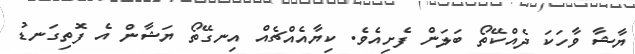
ޔާޝާ ވާހަކަ ދެއްކޭތޯ ބަލަން ފެށިއެވެ. ކިޔާއެއްޗެއް އިނގޭތޯ ޔަޝާން އެ ފޮތިގަނޑު